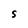
Character: S